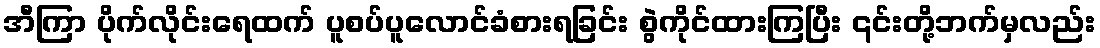
အီကြာ ပိုက်လိုင်းရေထက် ပူစပ်ပူလောင်ခံစားရခြင်း စွဲကိုင်ထားကြပြီး ၎င်းတို့ဘက်မှလည်း